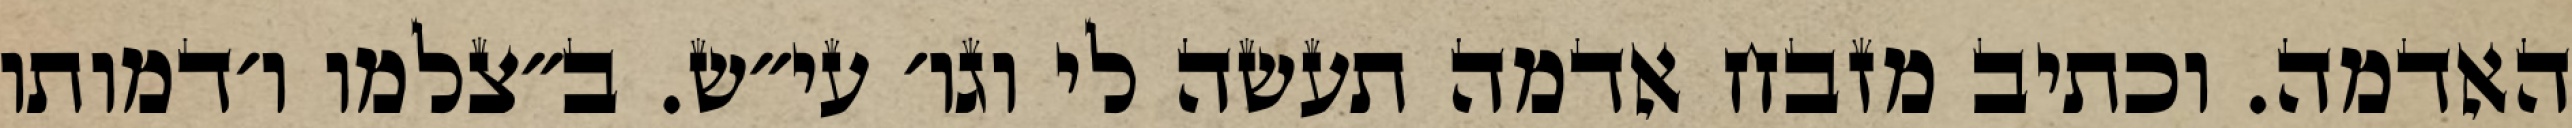
האדמה. וכתיב מזבח אדמה תעשה לי וגו׳ עי״ש. ב״צלמו ו׳דמותו